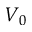
V _ { 0 }